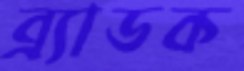
ব্র্যাডক